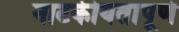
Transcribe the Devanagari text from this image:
नाटकीयतापूर्ण